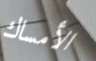
الأمساك